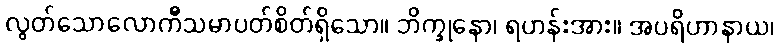
လွတ်သောလောကီသမာပတ်စိတ်ရှိသော။ ဘိက္ခုနော၊ ရဟန်းအား။ အပရိဟာနာယ၊